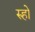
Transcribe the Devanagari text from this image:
रुहो